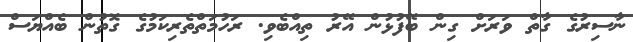
ނާސިރުގެ ގާތް ވަރަށް ގިން ބޭފުޅުން އޭރު ތިއްބެވި. ރަހުމަތްތެރިކަމުގެ ގޮތުން ބެއްޔަސް